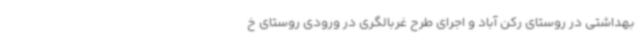
بهداشتی در روستای رکن آباد و اجرای طرح غربالگری در ورودی روستای خ